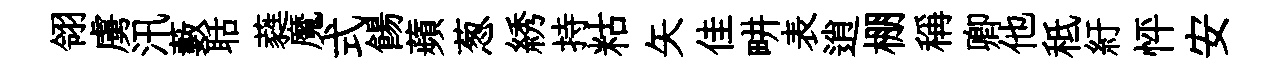
翎虜汛藪聒蕤魔式餳蘋葱綉持䊀矢佳畊表逍棚稱卿他秪紆怦安